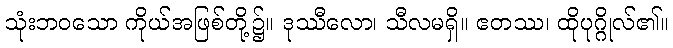
သုံးဘဝသော ကိုယ်အဖြစ်တို့၌။ ဒုဿီလော၊ သီလမရှိ။ ဧတဿ၊ ထိုပုဂ္ဂိုလ်၏။